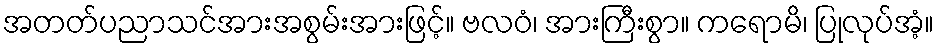
အတတ်ပညာသင်အားအစွမ်းအားဖြင့်။ ဗလဝံ၊ အားကြီးစွာ။ ကရောမိ၊ ပြုလုပ်အံ့။